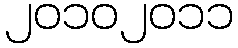
၂၀၁၀၂၀၁၁